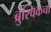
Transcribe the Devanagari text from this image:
ब्रुंस्विकचा